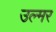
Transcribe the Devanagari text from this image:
उल्मर